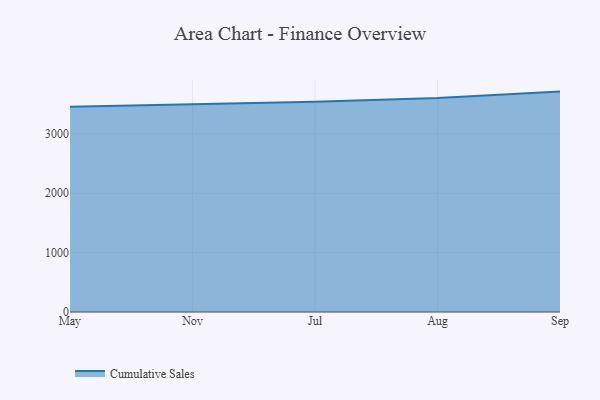
{"axis": {"x": "Month", "y": "Humidity (%)"}, "legend": ["Cumulative Sales"], "data": [{"x": "May", "y": 3458.1, "type": "Cumulative Sales"}, {"x": "Nov", "y": 3496.4, "type": "Cumulative Sales"}, {"x": "Jul", "y": 3541.9, "type": "Cumulative Sales"}, {"x": "Aug", "y": 3604.1, "type": "Cumulative Sales"}, {"x": "Sep", "y": 3713.1, "type": "Cumulative Sales"}]}